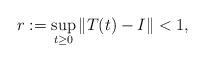
LaTeX: \begin{align*}r:=\sup_{t\geq0}\|T(t)-I\|<1,\end{align*}